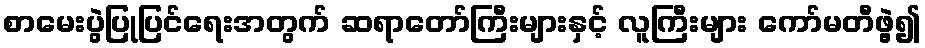
စာမေးပွဲပြုပြင်ရေးအတွက် ဆရာတော်ကြီးများနှင့် လူကြီးများ ကော်မတီဖွဲ့၍